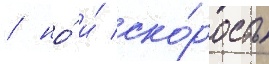
/ но́ и́ ско́рость